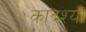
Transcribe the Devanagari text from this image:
कादश्यां